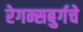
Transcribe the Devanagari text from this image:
रेगन्सबुर्गचे